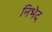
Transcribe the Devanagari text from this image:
निभेद